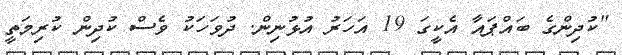
"ކުދިންގެ ބައްޕައާ އެކީގަ 19 އަހަރު އުޅުނިން. ދުވަހަކު ވެސް ކުދިން ކުރިމަތީ